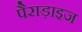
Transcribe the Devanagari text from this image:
पैराड़ाइज